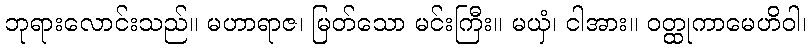
ဘုရားလောင်းသည်။ မဟာရာဇ၊ မြတ်သော မင်းကြီး။ မယှံ၊ ငါအား။ ဝတ္ထုကာမေဟိဝါ၊